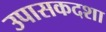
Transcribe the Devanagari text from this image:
उपासकदशा